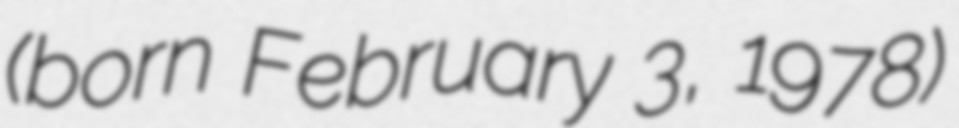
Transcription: (born February 3, 1978)